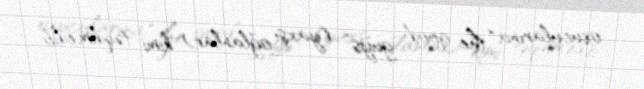
oxucularına “the good guys” (yaxşı oğlanlar) kimi təqdim edib.